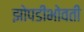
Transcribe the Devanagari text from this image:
झोपडीभोवती